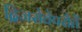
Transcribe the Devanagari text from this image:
द्विजसेवेपरौतें